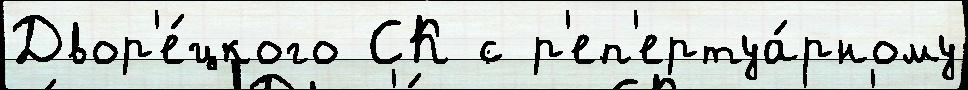
Двор'е́цкого СК с р'еп'ертуа́рному